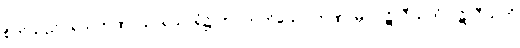
စိတ်သည်။ ရသတဏှာယ၊ ရသာရုံ၌ တပ်တတ်သော တဏှာမှ။ ပဋိလီယတံ ပဋိလီယတိ